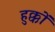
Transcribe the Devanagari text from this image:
हुक्कों